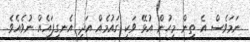
ނަމަވެސް އެ ތިން މީހުން އުޅޭ ވަކި ގައުމެއް އަދި އެނގިފައެއް ނުވެއެވެ.